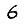
Digit: 6